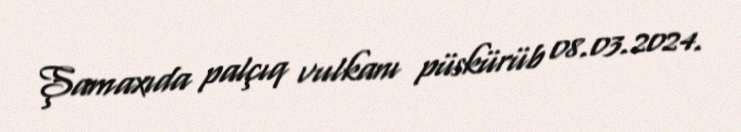
Şamaxıda palçıq vulkanı püskürüb 08.03.2024.